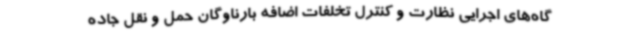
گاه‌های اجرایی نظارت و کنترل تخلفات اضافه بارناوگان حمل و نقل جاده